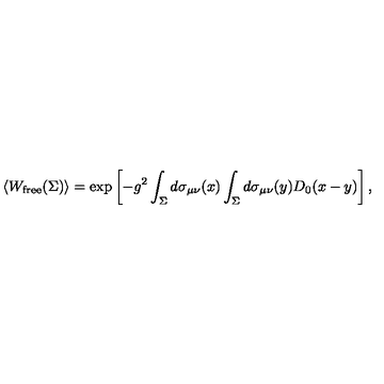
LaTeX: \left< W _ { \mathrm { f r e e } } ( \Sigma ) \right> = \exp \left[ - g ^ { 2 } \int _ { \Sigma } ^ { } d \sigma _ { \mu \nu } ( x ) \int _ { \Sigma } ^ { } d \sigma _ { \mu \nu } ( y ) D _ { 0 } ( x - y ) \right] ,